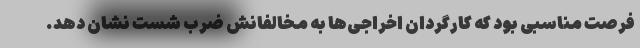
فرصت مناسبی بود که کارگردان اخراجی‌ها به مخالفانش ضرب شست نشان دهد.